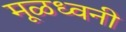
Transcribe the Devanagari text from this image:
मूळध्वनी